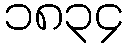
၁၈၃၄